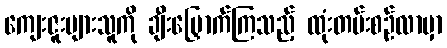
ကျေးဇူးများသူကို ချီးမြှောက်ကြသည့် ထုံးတမ်းစဉ်လာမှာ